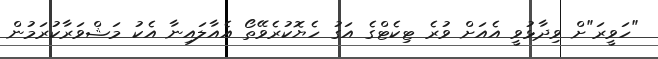
"ހަވީރަ"ށް ވިދާޅުވީ އެއަށް ވުރެ ޓިކެޓްގެ އަގު ހެޔޮކުރެވޭތޯ އެއާލައިނާ އެކު މަޝްވަރާކުރަމުން